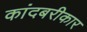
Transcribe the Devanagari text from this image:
कांदबरीकार